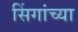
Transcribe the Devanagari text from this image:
सिंगांच्या